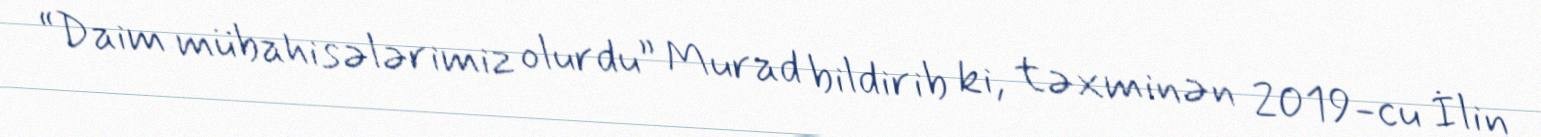
“Daim mübahisələrimiz olurdu” Murad bildirib ki, təxminən 2019-cu İlin